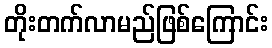
တိုးတက်လာမည်ဖြစ်ကြောင်း